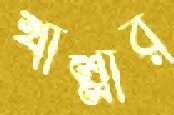
খাল্লার